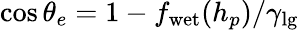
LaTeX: \cos\theta_{e}=1-f_{\mathrm{wet}}(h_{p})/\gamma_{\mathrm{lg}}